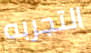
التجربه